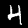
Digit: 4